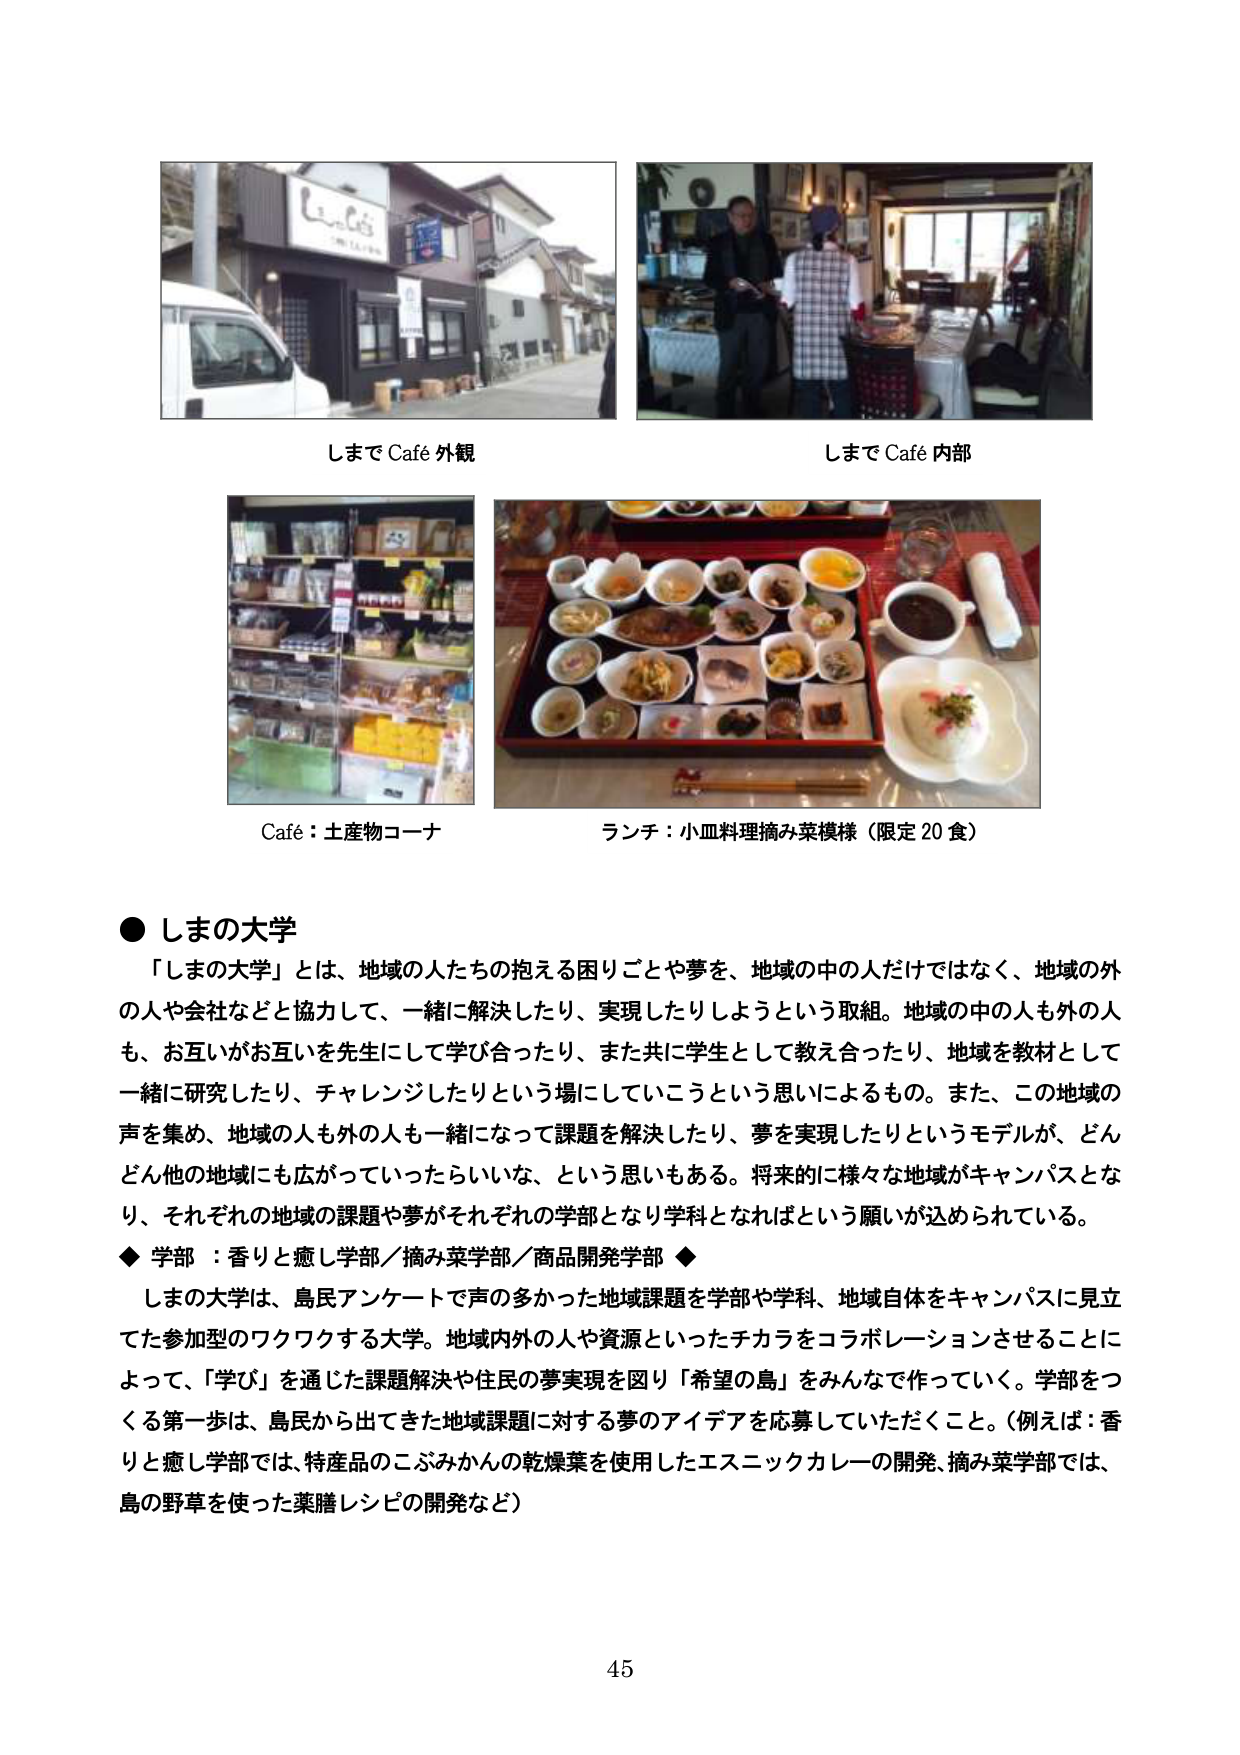
しまで Café 外観
しまで Café 内部
Café：土産物コーナー
ランチ：小皿料理摘み菜模様（限定 20 食）

● しまの大学
「しまの大学」とは、地域の人たちの抱える困りごとや夢を、地域の中の人だけではなく、地域の外の人や会社などと協力して、一緒に解決したり、実現したりしようという取組。地域の中の人も外の人も、お互いがお互いを先生にして学び合ったり、また共に学生として教え合ったり、地域を教材として一緒に研究したり、チャレンジしたりという場にしていこうという思いによるもの。また、この地域の声を集め、地域の人も外の人も一緒になって課題を解決したり、夢を実現したりというモデルが、どんどん他の地域にも広がっていったらいいな、という思いもある。将来的に様々な地域がキャンパスとなり、それぞれの地域の課題や夢がそれぞれの学部となり学科となればという願いが込められている。

◆ 学部：香りと癒し学部／摘み菜学部／商品開発学部 ◆
しまの大学は、島民アンケートで声の多かった地域課題を学部や学科、地域自体をキャンパスに見立てた参加型のワクワクする大学。地域内外の人や資源といったチカラをコラボレーションさせることによって、「学び」を通じた課題解決や住民の夢実現を図り「希望の島」をみんなで作っていく。学部をつくる第一歩は、島民から出てきた地域課題に対する夢のアイデアを応募していただくこと。（例えば：香りと癒し学部では、特産品のこぶみかんの乾燥葉を使用したエスニックカレーの開発、摘み菜学部では、島の野草を使った薬膳レシピの開発など）

45